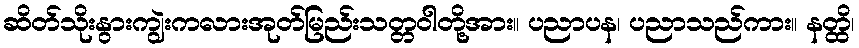
ဆိတ်သိုးနွားကျွဲးကလားအုတ်မြည်းသတ္တဝါတို့အား။ ပညာပန၊ ပညာသည်ကား။ နတ္ထိ၊